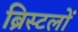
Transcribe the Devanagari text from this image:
ब्रिस्टलों